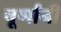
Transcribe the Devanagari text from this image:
चूर्णांनी